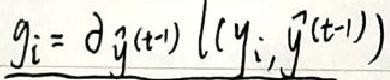
$g_{i}=\partial_{\tilde{y}^{(t - 1)}}l(y_{i},\tilde{y}^{(t - 1)})$